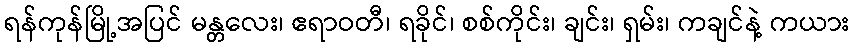
ရန်ကုန်မြို့အပြင် မန္တလေး၊ ဧရာဝတီ၊ ရခိုင်၊ စစ်ကိုင်း၊ ချင်း၊ ရှမ်း၊ ကချင်နဲ့ ကယား